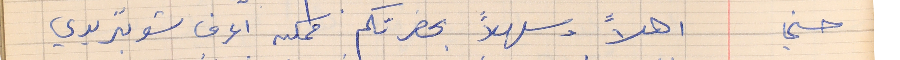
حسني    اهلاً وسهلاً بحضرتكم ممكن اعرف شو بتريدي